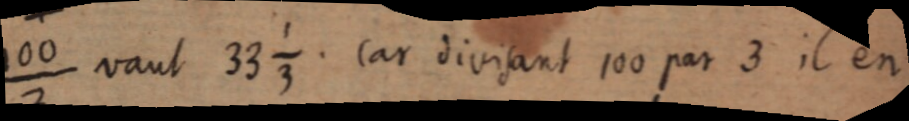
¹⁰⁰⁄₃ vaut 33 ⅓. Car divisant 100 par 3 il en